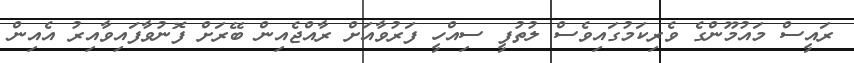
ރައީސް މައުމޫންގެ ވެރިކަމުގައިވެސް ލުތުފީ ސިއްހީ ފަރުވާއަށް ރާއްޖެއިން ބޭރަށް ފޮނުވާފައިވާއިރު އެއިން